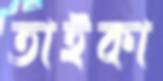
তাইকা